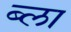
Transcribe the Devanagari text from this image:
ब्ला